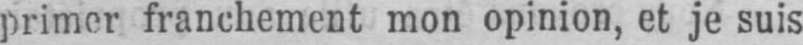
primer franchement mon opinion, et je suis